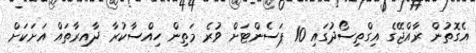
އެގޮތުން ރާއްޖޭގެ އިގްތިސޯދުގައި 10 ޕަސެންޓަށް ވުރެ މަތިން ހިއްސާކުރާ ދާއިރާތައް އަށަކަށް